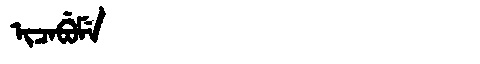
Manchu: ᡳᠴᠠᠪᡠᠮᡝ
Romanization: ICABUME